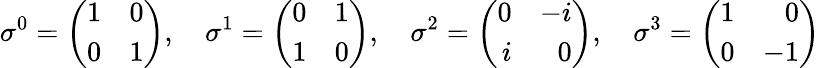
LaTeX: \sigma^{0}=\left(\begin{array}{rr}{{1}}&{{0}}\\ {{0}}&{{1}}\end{array}\right),\quad\sigma^{1}=\left(\begin{array}{rr}{{0}}&{{1}}\\ {{1}}&{{0}}\end{array}\right),\quad\sigma^{2}=\left(\begin{array}{rr}{{0}}&{{-i}}\\ {{i}}&{{0}}\end{array}\right),\quad\sigma^{3}=\left(\begin{array}{rr}{{1}}&{{0}}\\ {{0}}&{{-1}}\end{array}\right)